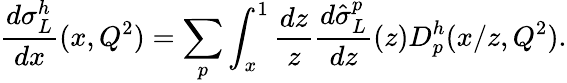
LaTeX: \frac{d\sigma_{L}^{h}}{dx}(x,Q^{2})=\sum_{p}\int_{x}^{1}\frac{dz}{z}\frac{d\hat{\sigma}_{L}^{p}}{dz}(z)D_{p}^{h}(x/z,Q^{2}).